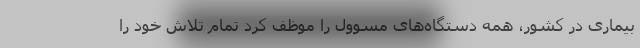
بیماری در کشور، همه دستگاه‌های مسوول را موظف کرد تمام تلاش خود را